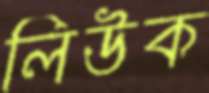
লিউক